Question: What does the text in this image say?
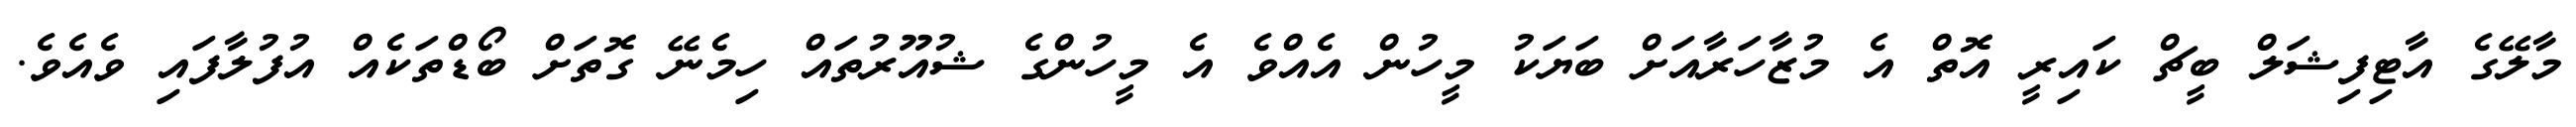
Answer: މާލޭގެ އާޓިފިޝަލް ބީޗް ކައިރީ އޮތް އެ މުޒާހަރާއަށް ބަޔަކު މީހުން އެއްވެ އެ މީހުންގެ ޝުއޫރުތައް ހިމެނޭ ގޮތަށް ބޯޑްތަކެއް އުފުލާފައި ވެއެވެ.